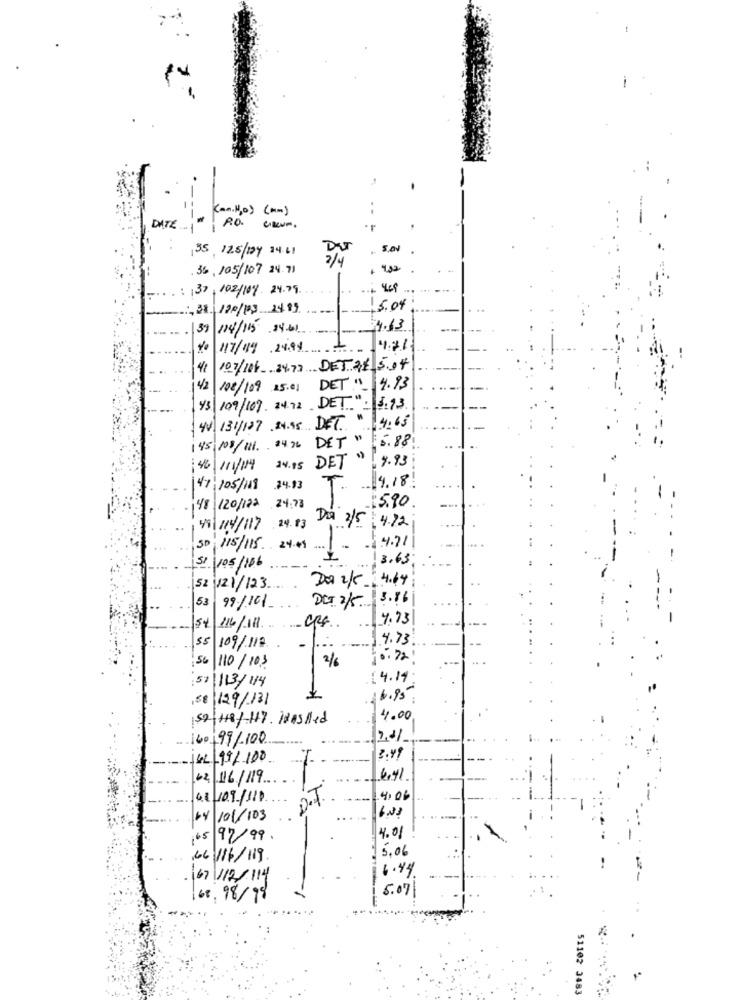
(an. Ho) (mm)
DATE ...
5,Al .
2/4
. 36, 105/107 24.71
4 .
137 /02/109 24.79
.+ 469
-:- 38 120/193 2489
1 5.04
39 114/115 24.6
--
4.63
/17/119 24.98
41
107/11 24.73 DET 28 5.04
14/2
108/109 25.01 DET." 4.93
Y3 109/109. 24.72. DET.": 5.93
44 131/127 24.95 DET" 4.65
145 /08/111. 24 76 DET " 5.88
: 46/11/14
14.15 DET " 7.93
4.18
47/05/118
.24.93
T.
48 120/122
24.78
15.90
49/104/117 24.83
DEA 2/5 : 4.72
30 /15/115 24.49
4.71
3.63
51 105/106.
Da 2/ 1 4.64
52 121/123
53
DET 2/5. 3.16
99/10/
7.73
54 116/111 CRE
4.73
55 109/112
56 110/103
2/6
10.22!
:57\/13/114
[ 4.14:
188 129/131
16.95
59 H181-H17. Wasiled
4.00
60+99/100
GL 19/100
3.49
62/ 16/119
6.41
62109/111
D.T.
4.06
04 /01/103
1.33
65 97/99.
4.01
15.06
,66 116/119
167/12/114
6.44
5.07
168. 98/99
51102 3483